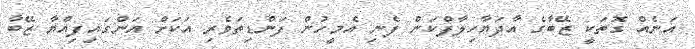
އަނެއް ގޮތަކީ ޒޭބާގެ އާދަޔާހިލާފްކަން ފެނި އެމީހުން ފަންޑިތަވެރި އަކަށް އަންގައިފިއްޔާ ޒޭބާ